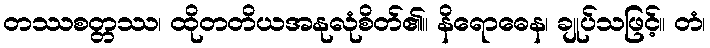
တဿစတ္တဿ၊ ထိုတတိယအနုလုံစိတ်၏။ နိရောဓေန၊ ချုပ်သဖြင့်။ တံ၊